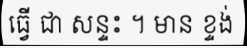
ធ្វើ ជា សន្ទះ ។ មាន ខ្ទង់